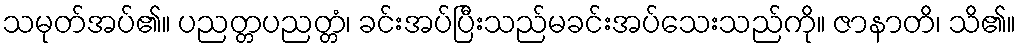
သမုတ်အပ်၏။ ပညတ္တပညတ္တံ၊ ခင်းအပ်ပြီးသည်မခင်းအပ်သေးသည်ကို။ ဇာနာတိ၊ သိ၏။